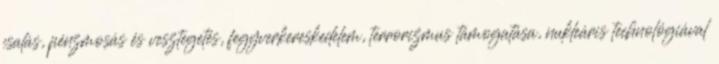
csalás, pénzmosás és vesztegetés, fegyverkereskedelem, terrorizmus támogatása, nukleáris technológiával